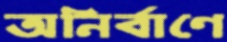
অনির্বাণে